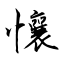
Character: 懹